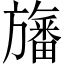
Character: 旛